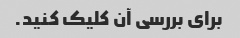
برای بررسی آن کلیک کنید.